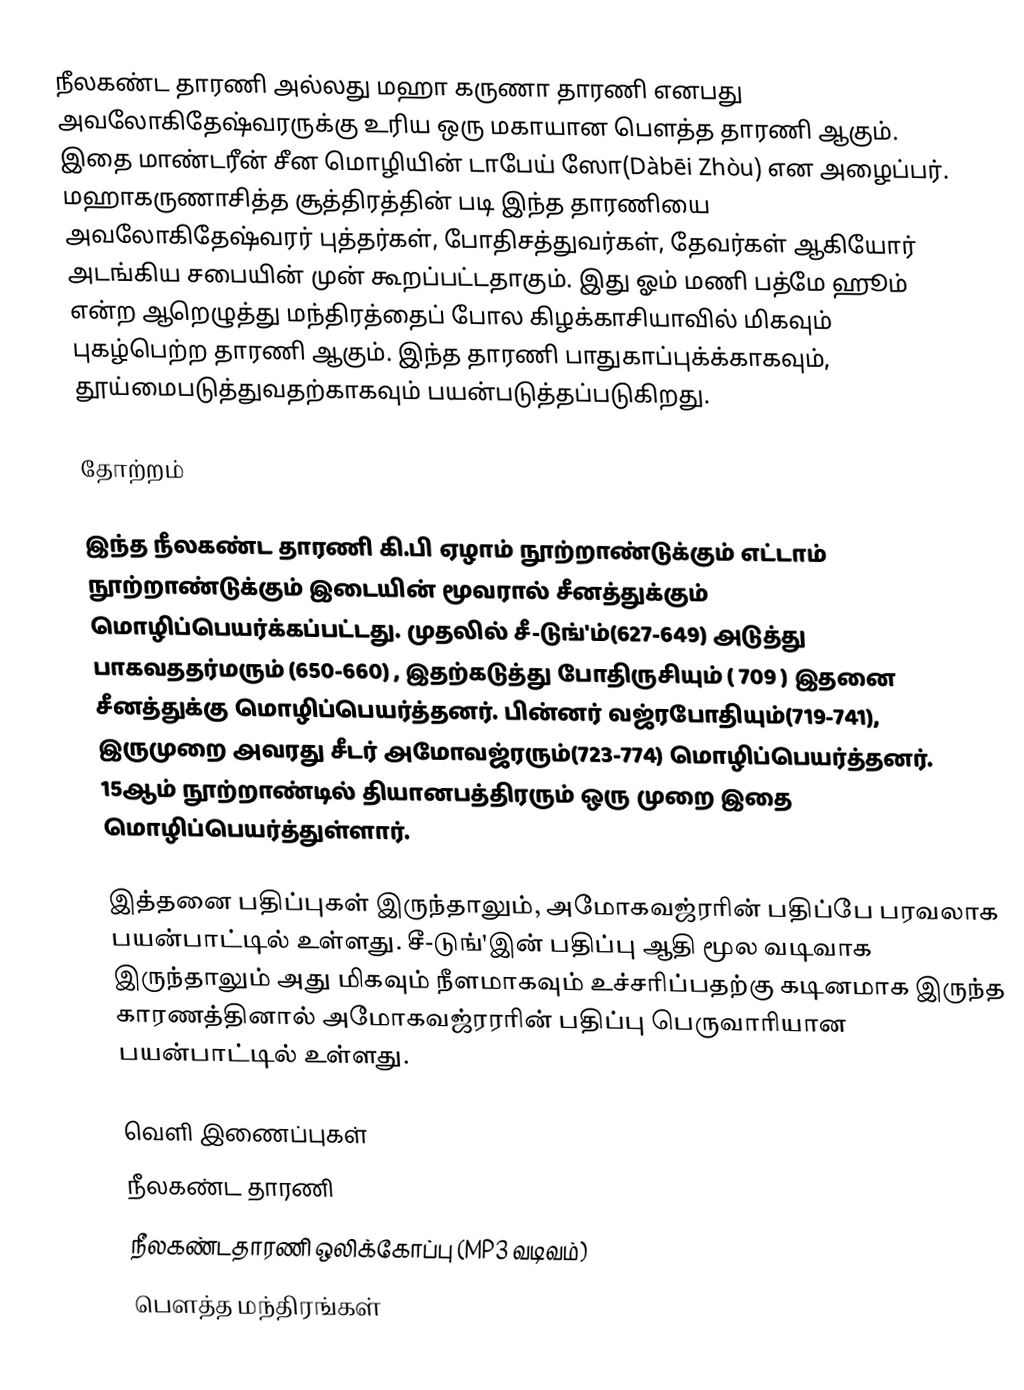
நீலகண்ட தாரணி அல்லது மஹா கருணா தாரணி எனபது அவலோகிதேஷ்வரருக்கு உரிய ஒரு மகாயான பௌத்த தாரணி ஆகும். இதை மாண்டரீன் சீன மொழியின் டாபேய் ஸோ(Dàbēi Zhòu) என அழைப்பர். மஹாகருணாசித்த சூத்திரத்தின் படி இந்த தாரணியை அவலோகிதேஷ்வரர் புத்தர்கள், போதிசத்துவர்கள், தேவர்கள் ஆகியோர் அடங்கிய சபையின் முன் கூறப்பட்டதாகும். இது ஓம் மணி பத்மே ஹூம் என்ற ஆறெழுத்து மந்திரத்தைப் போல கிழக்காசியாவில் மிகவும் புகழ்பெற்ற தாரணி ஆகும். இந்த தாரணி பாதுகாப்புக்க்காகவும், தூய்மைபடுத்துவதற்காகவும் பயன்படுத்தப்படுகிறது.

தோற்றம்

இந்த நீலகண்ட தாரணி கி.பி ஏழாம் நூற்றாண்டுக்கும் எட்டாம் நூற்றாண்டுக்கும் இடையின் மூவரால் சீனத்துக்கும் மொழிப்பெயர்க்கப்பட்டது. முதலில் சீ-டுங்'ம்(627-649) அடுத்து பாகவததர்மரும் (650-660) , இதற்கடுத்து போதிருசியும் ( 709 ) இதனை சீனத்துக்கு மொழிப்பெயர்த்தனர்.   பின்னர் வஜ்ரபோதியும்(719-741), இருமுறை அவரது சீடர் அமோவஜ்ரரும்(723-774) மொழிப்பெயர்த்தனர். 15ஆம் நூற்றாண்டில் தியானபத்திரரும் ஒரு முறை இதை மொழிப்பெயர்த்துள்ளார்.

இத்தனை பதிப்புகள் இருந்தாலும், அமோகவஜ்ரரின் பதிப்பே பரவலாக பயன்பாட்டில் உள்ளது. சீ-டுங்'இன் பதிப்பு ஆதி மூல வடிவாக இருந்தாலும் அது மிகவும் நீளமாகவும் உச்சரிப்பதற்கு கடினமாக இருந்த காரணத்தினால் அமோகவஜ்ரரரின் பதிப்பு பெருவாரியான பயன்பாட்டில் உள்ளது.

வெளி இணைப்புகள்
நீலகண்ட தாரணி
நீலகண்டதாரணி ஒலிக்கோப்பு (MP3 வடிவம்)
பௌத்த மந்திரங்கள்